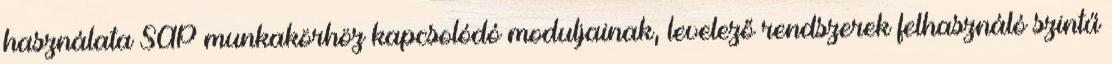
használata SAP munkakörhöz kapcsolódó moduljainak, levelező rendszerek felhasználó szintű